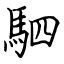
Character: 駟